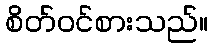
စိတ်ဝင်စားသည်။